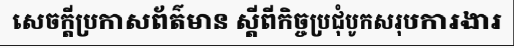
សេចក្តីប្រកាសព័ត៌មាន ស្តីពីកិច្ចប្រជុំបូកសរុបការងារ